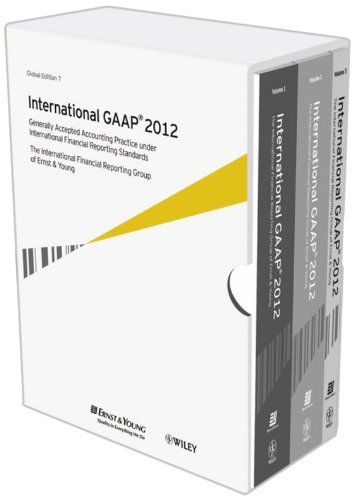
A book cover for International GAAP 2012: Generally Accepted Accounting Practice under International Financial Reporting Standards; Ernst & Young; Business & Money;